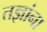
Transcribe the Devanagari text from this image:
तज्ञांना